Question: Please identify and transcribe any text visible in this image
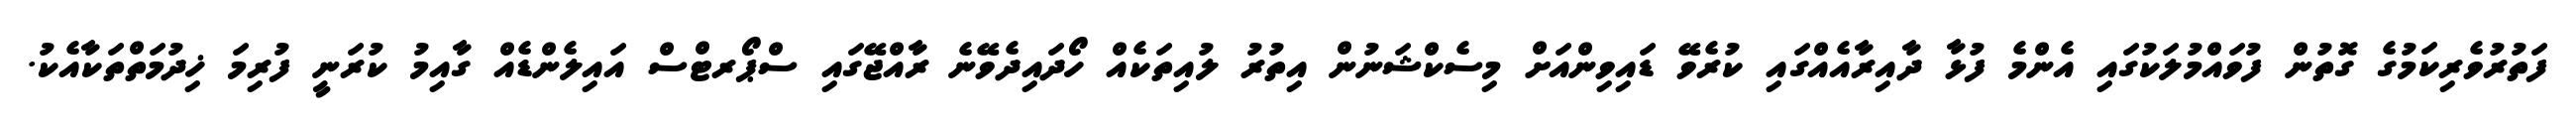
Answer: ފަތުރުވެރިކަމުގެ ގޮތުން ފުވައްމުލަކުގައި އެންމެ ފުޅާ ދާއިރާއެއްގައި ކުރެވޭ ޑައިވިންއަށް މިސެކްޝަނުން އިތުރު ލުއިތަކެއް ހޯދައިދެވޭނެ ރާއްޖޭގައި ސްޕޯރޓްސް އައިލެންޑެއް ގާއިމު ކުރަނީ ފުރިމަ ޚިދުމަތްތަކާއެކު.